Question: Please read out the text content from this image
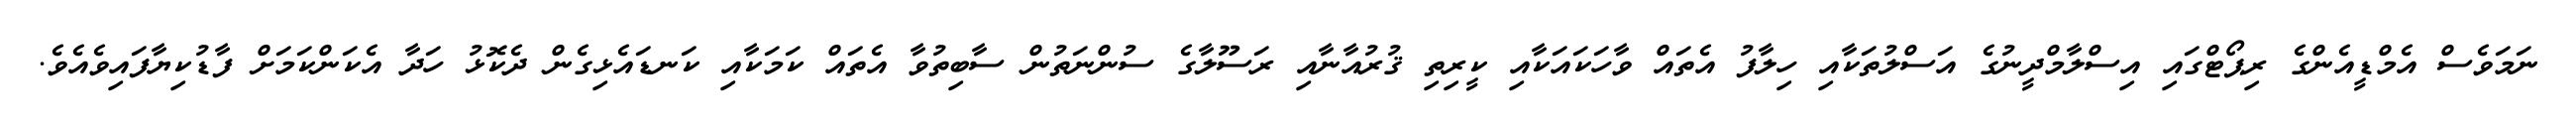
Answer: ނަމަވެސް އެމްޑީއެންގެ ރިޕޯޓްގައި އިސްލާމްދީނުގެ އަސްލުތަކާއި ހިލާފު އެތައް ވާހަކައަކާއި ކީރިތި ޤުރުއާނާއި ރަސޫލާގެ ސުންނަތުން ސާބިތުވާ އެތައް ކަމަކާއި ކަނޑައެޅިގެން ދެކޮޅު ހަދާ އެކަންކަމަށް ފާޑުކިޔާފައިވެއެވެ.